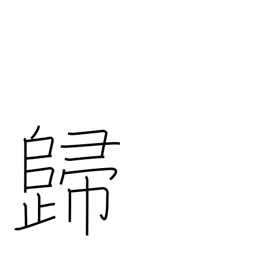
Meaning: result in